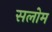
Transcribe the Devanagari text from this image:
सलोम